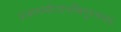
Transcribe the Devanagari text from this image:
प्रजानामीशानस्त्रिपुरमथनः